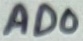
Text: AD0